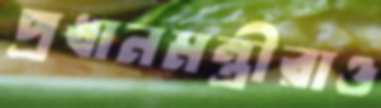
প্রধানমন্ত্রীরাও